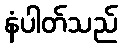
နံပါတ်သည်